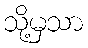
သို့မှသာ